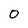
Character: O